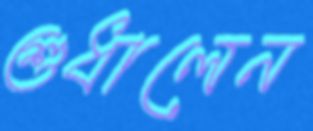
শুধালেন